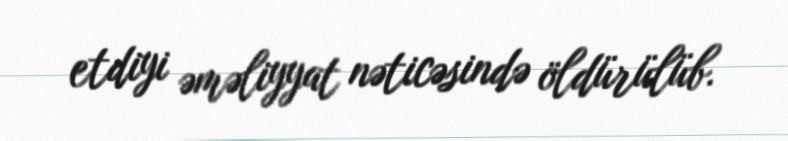
etdiyi əməliyyat nəticəsində öldürülüb.